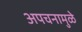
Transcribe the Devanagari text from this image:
अपचनामुळे